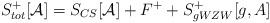
LaTeX: \begin{align*}S_{tot}^+[\mathcal{A}] = S_{CS}[\mathcal{A}] + F^+ + S^+_{gWZW}[g,A]\end{align*}